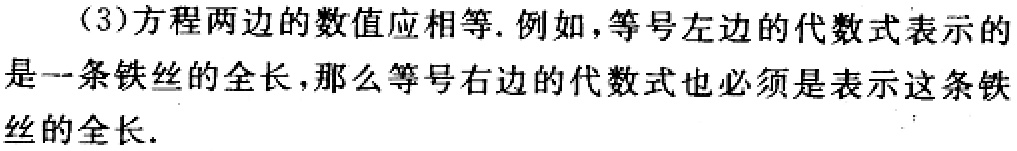
（3）方程两边的数值应相等. 例如，等号左边的代数式表示的是一条铁丝的全长，那么等号右边的代数式也必须是表示这条铁丝的全长.